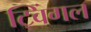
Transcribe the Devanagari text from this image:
ट्विंगल